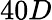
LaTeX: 40D